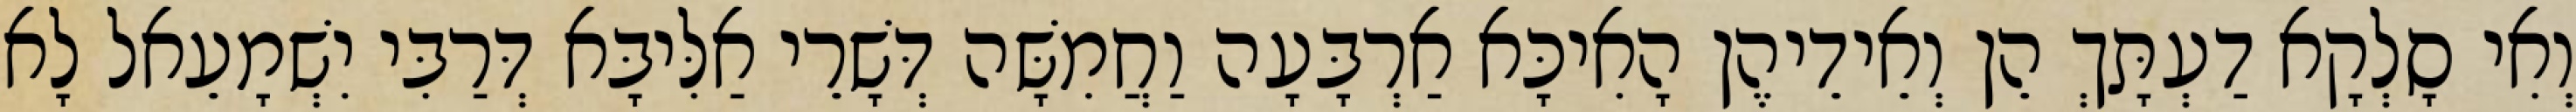
וְאִי סָלְקָא דַעְתָּךְ הֵן וְאֵידֵיהֶן הָאִיכָּא אַרְבָּעָה וַחֲמִשָּׁה דְּשָׁרֵי אַלִּיבָּא דְּרַבִּי יִשְׁמָעֵאל לָא